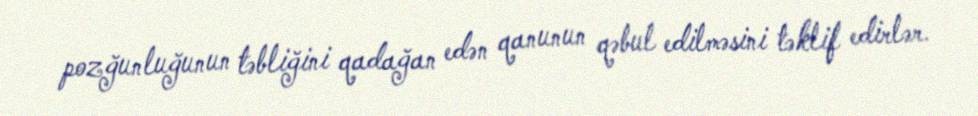
pozğunluğunun təbliğini qadağan edən qanunun qəbul edilməsini təklif edirlər.